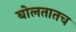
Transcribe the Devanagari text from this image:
बोलतातच